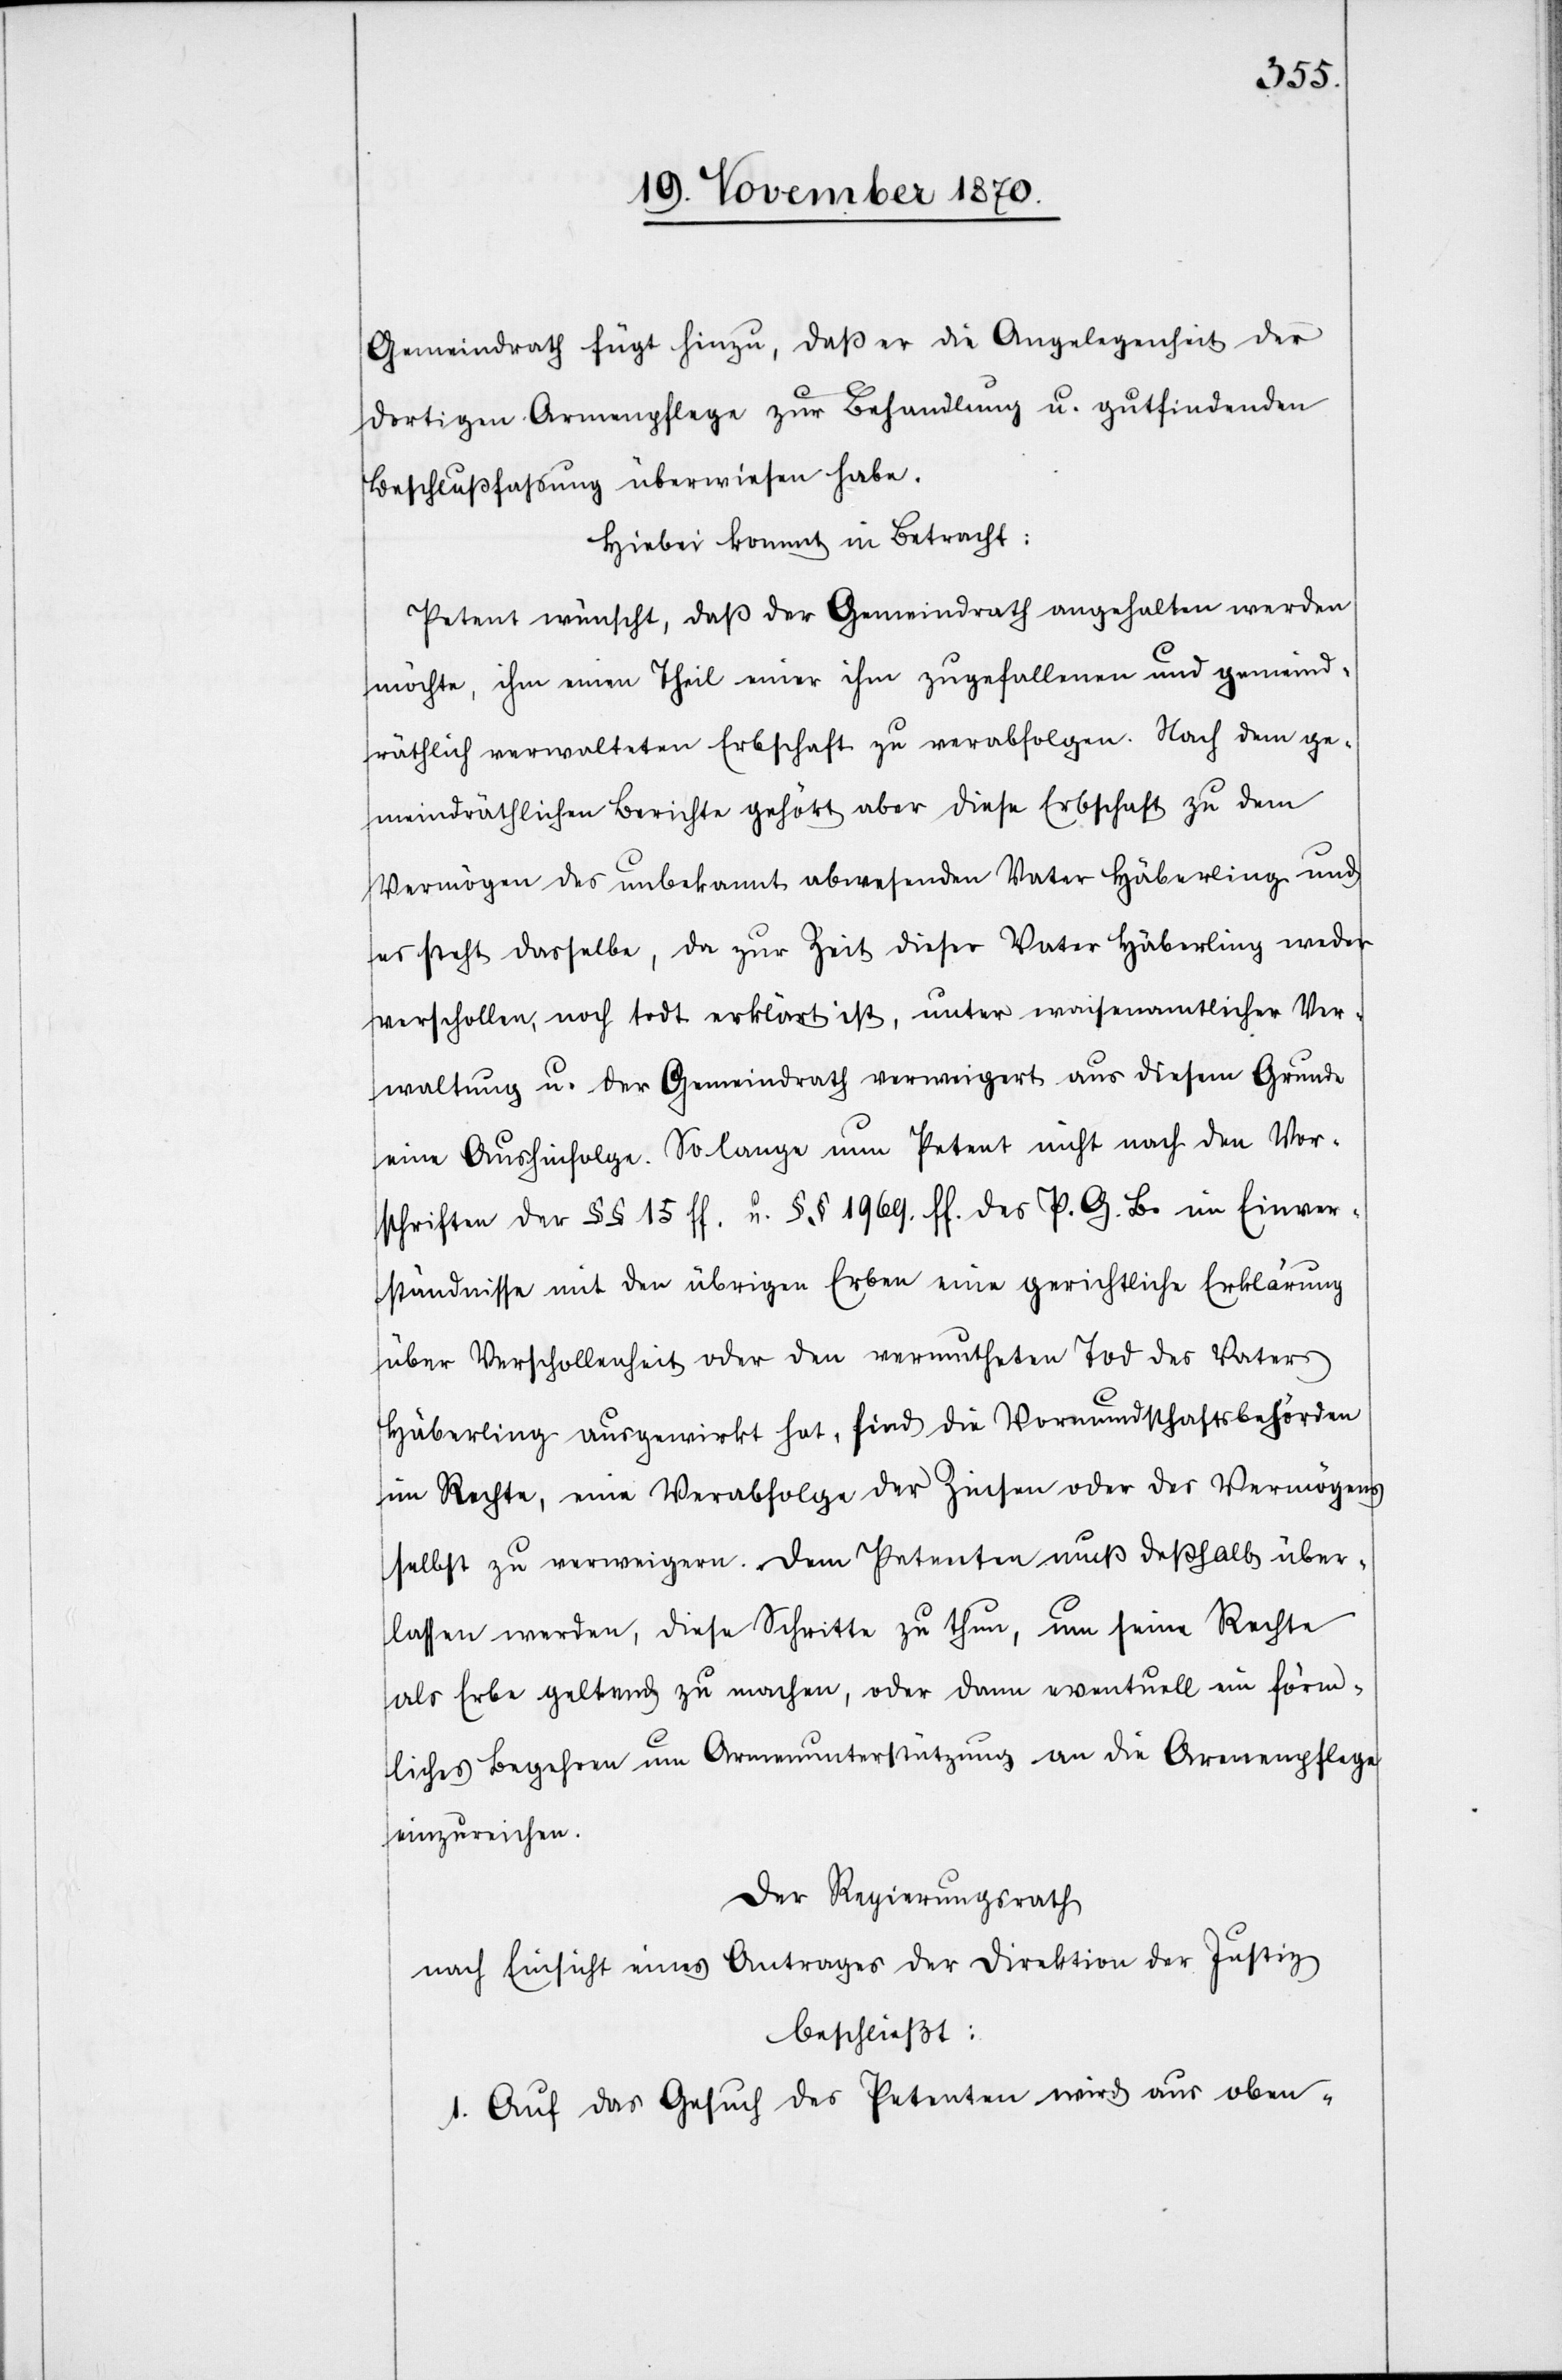
Gemeindrath fügt hinzu, daß er die Angelegenheit der
dortigen Armenpflege zur Behandlung u. gutfindenden
Beschlussfassung überwiesen habe.
Hiebei kommt in Betracht:
Petent wünscht, daß der Gemeindrath angehalten werden
möchte, ihm einen Theil einer ihm zugefallenen und gemeind¬
räthlich verwalteten Erbschaft zu verabfolgen. Nach dem ge¬
meindräthlichen Berichte gehört aber diese Erbschaft zu dem
Vermögen des unbekannt abwesenden Vater Häberling und
es steht dasselbe, da zur Zeit dieser Vater Häberling weder
verschollen, noch todt erklärt ist, unter waisenamtlicher Ver¬
waltung u. der Gemeindrath verweigert aus diesem Grunde
eine Aushinfolge. Solange nun Petent nicht nach den Vor¬
schriften der §§ 15 ff. u. §§ 1969. ff. des P. G. B. im Einver¬
ständnisse mit den übrigen Erben eine gerichtliche Erklärung
über Verschollenheit oder den vermutheten Tod des Vaters
Häberling ausgewirkt hat, sind die Vormundschaftsbehörden
im Rechte, eine Verabfolge der Zinsen oder der Vermögens
selbst zu verweigern. Dem Petenten muß deßhalb über¬
lassen werden, diese Schritte zu thun, um seine Rechte
als Erbe geltend zu machen, oder dann eventuell ein förm¬
liches Begehren um Armenunterstützung an die Armenpflege
einzureichen.
Der Regierungsrath
nach Einsicht eines Antrages der Direktion der Justiz
beschließt:
1. Auf das Gesuch des Petenten wird aus oben-